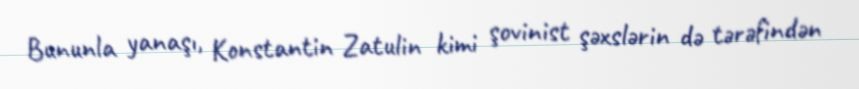
Bununla yanaşı, Konstantin Zatulin kimi şovinist şəxslərin də tərəfindən